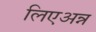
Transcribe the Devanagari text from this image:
लिएअन्न